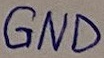
Text: GND